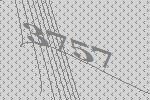
3757